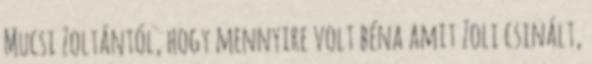
Mucsi Zoltántól, hogy mennyire volt béna amit Zoli csinált,